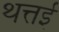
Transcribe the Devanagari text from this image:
थत्तई